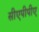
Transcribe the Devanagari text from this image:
सीएपीपीए